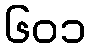
၆၀၁